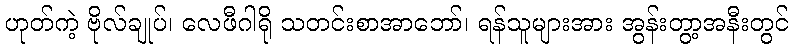
ဟုတ်ကဲ့ ဗိုလ်ချုပ်၊ လေဖီဂါရို သတင်းစာအာဘော်၊ ရန်သူများအား အွန်းတွာ့အနီးတွင်